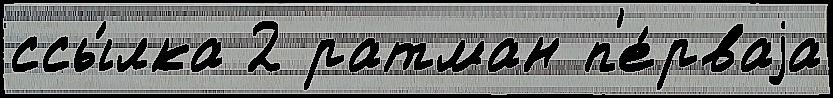
ссы́лка 2 ратман п'е́рваjа